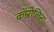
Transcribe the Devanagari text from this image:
काॅरोलिना